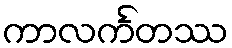
ကာလင်္ကတဿ